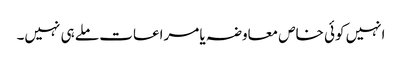
انہیں کوئی خاص معاوضہ یا مراعات ملے ہی نہیں۔